Vaccination United Provinces of Agra and Oudh 1902-1913 - 1902-1913
Year: 1902
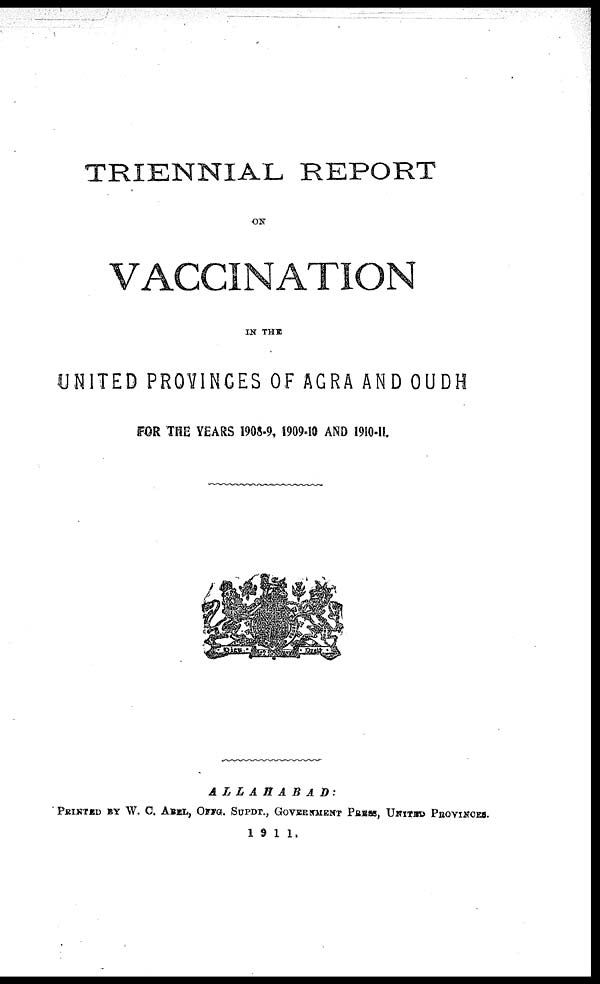
TRIENNIAL REPORT
ON
VACCINATION
IN THE
UNITED PROVINCES OF AGRA AND OUDH
FOR THE YEARS 1908-9, 1909-10 AND 1910-11.
ALLAHABAD:
PRINTED BY W. C. ABEL, OFFG. SUPDT., GOVERNMENT PRESS, UNITED PROVINCES.
1911.